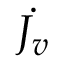
\dot { J _ { v } }